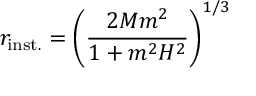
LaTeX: r _ { \mathrm { i n s t . } } = \left( \frac { 2 M m ^ { 2 } } { 1 + m ^ { 2 } H ^ { 2 } } \right) ^ { 1 / 3 }